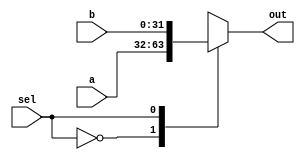
module mux#(parameter WL = 32)
		(	
		input sel,	
		input [WL-1:0]a, b,
		output [WL-1:0]out
		);
		
		always @(sel)begin
			case(sel)
			
			1'b0 :	out = a;	//top
			1'b1 : 	out = b;	//bottom
			
			endcase
			
		end
		
	endmodule